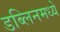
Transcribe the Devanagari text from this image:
डब्लिनमध्ये